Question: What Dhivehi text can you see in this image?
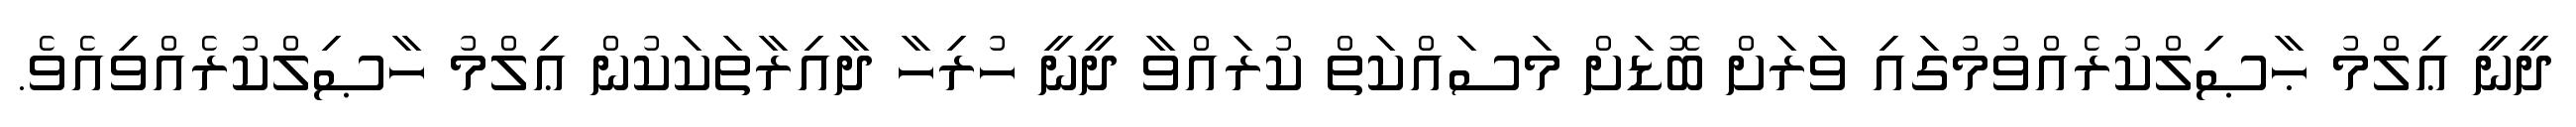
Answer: ދީނީ ޢިލްމު ޙާޞިލްކުރެއްވުމުގައި ވަރަށް ބޮޑަށް މަސައްކަތް ކުރައްވާ ދީނީ ހުރިހާ ދާއިރާތަކަކުން ޢިލްމު ހާޞިލްކުރެއްވިއެވެ.